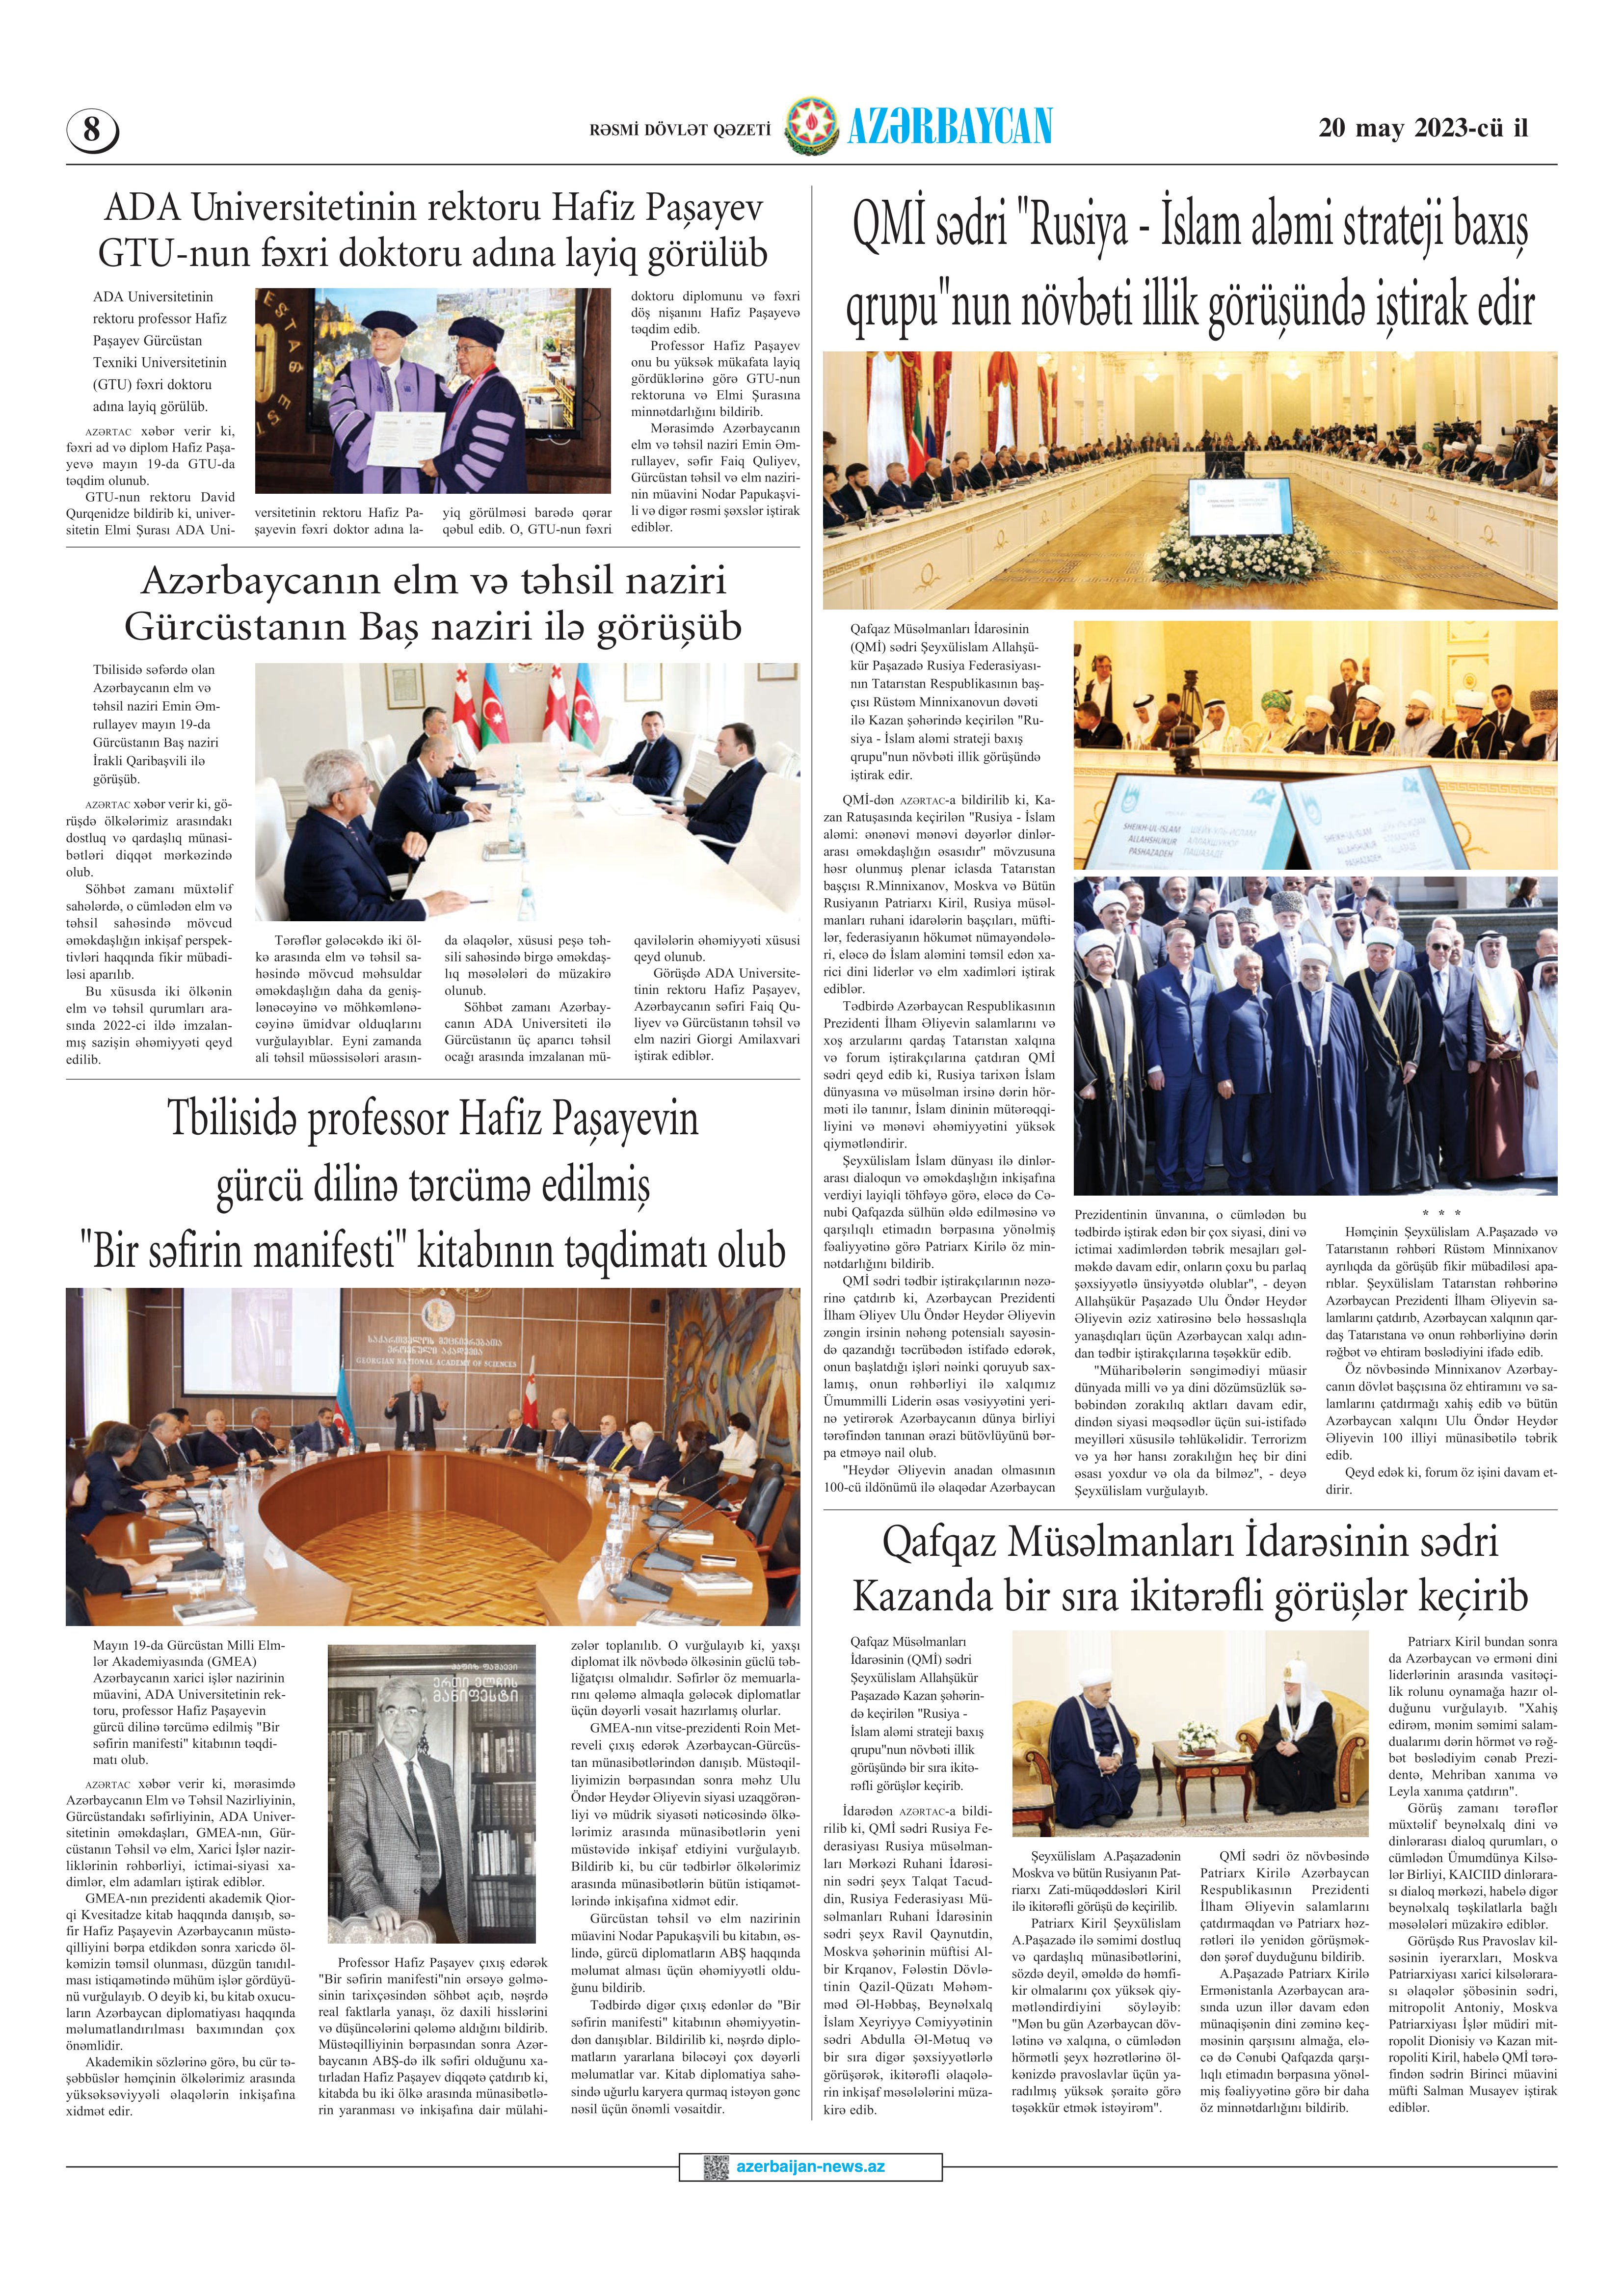
Language: az